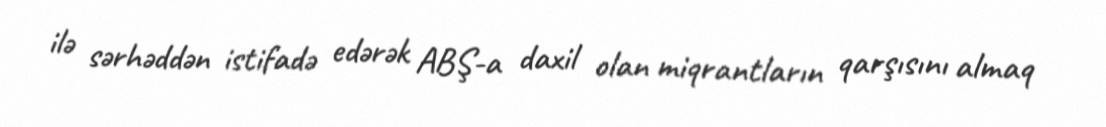
ilə sərhəddən istifadə edərək ABŞ-a daxil olan miqrantların qarşısını almaq